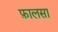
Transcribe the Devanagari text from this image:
फ़ालसा